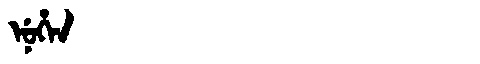
Manchu: ᠨᡠᡥᡝᠨ
Romanization: NUHEN